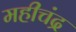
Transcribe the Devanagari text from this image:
महीचंद्र